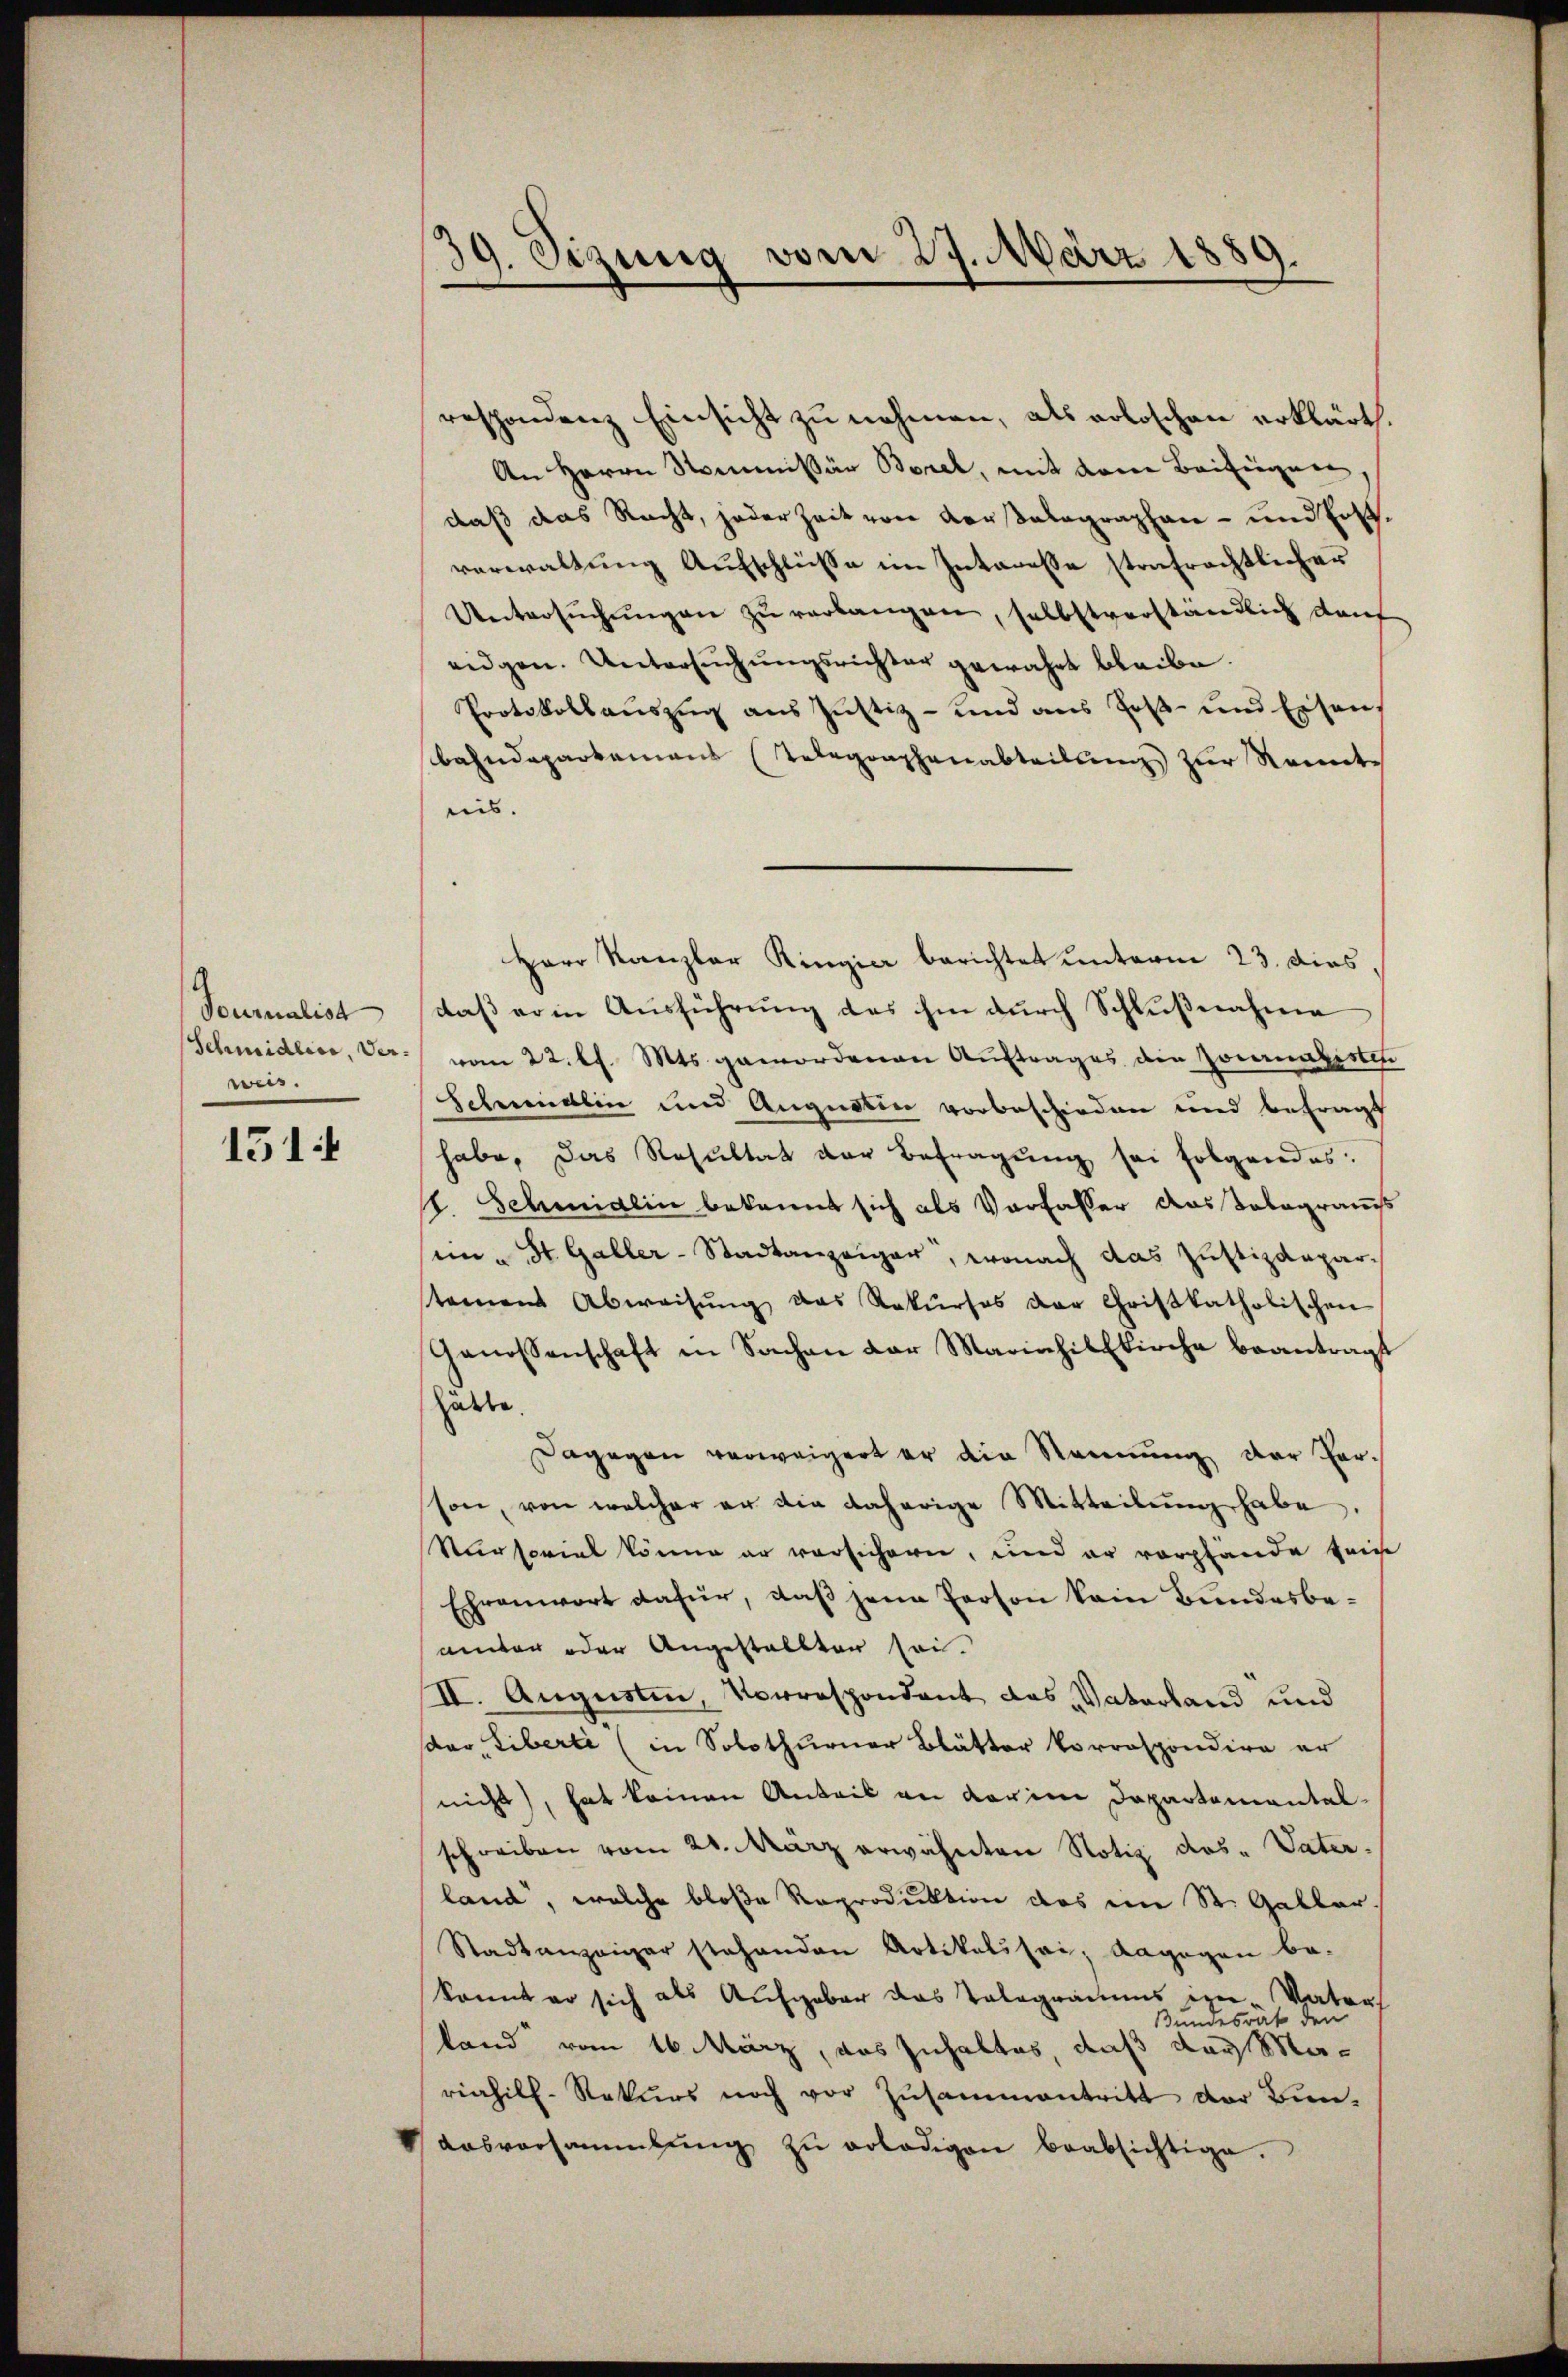
Tournalist
Schmidlice, Verweis.
1514

39. Sizung vom 27. März 1889.

respondenz Einsicht zu nehmen, als erloschen erklärt.
An Herrn Kommissär Borel, mit dem Beifügen
daß das Recht, jeder Zeit von Konstalographen- und Erst
verwaltung Aufschlüsse im Interesse strafrechtlicher
Untersŭchŭngen zu verlangen, selbstverständlich darf
eidgen. Untersŭchŭngsrichter gewährt bleibe.
Protokollauszug aus Justiz- und aus Post- und Eisen
bahndeparkamens Telegraphenabteilung zur Kenntnis.
Herr Kanzler Ringier berichtet unterm 23. dies,
daß er in Ausführung das hin durch Schlußnahme
vom 22. ds. Mts. gewordenen Auftrages die Journalisten
Schweidlin und Augustin vorbeschieden und befragt
habe, das Resultat der Befragung sei folgendes:
H. Schmidlin bekannt sich als Verfasser das Delegraus
in - St. Galler-Stadtanzeiger, wonach das Justizdepar-
stainen Abweisŭng das Rekŭrses der Gristkatholischen
Genossenschaft in Sachen der Mariahilkirche beantragt
hätte.
Dagegen verweigert er die Sennung der Versson, von welcher er die daherige Mitteilŭng habe.
Vursorial könne er vorsichern, und er verpfände seine
Ehrenwort dafür, daß jene Person kein Bundesbeunter oder Angestellten sei.
II. Augusten, Vorrespondant das Vaterland und
sdar, Liberti (in Solothurner Blätter korrespondire er
nicht), hat keinen Anteil an darin Departemental-
schreiben vom 21. März erwähnten Notiz das Vater.
land, welche bloße Raproduktion des in St. Galler.
Stadtanzaiger stehenden Artikalisei; dagegen be-
konnt er sich als Aufgaber das Telegramms in Vaters
Bundesrat der
tand vom 16. März, das Inhaltes, daß das Mariahill. Rekŭrs noch vor Zŭsammentritt der Bun-
ausvorsammlung zŭ erledigen beabsichtige.